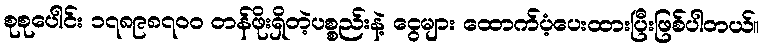
စုစုပေါင်း ၁၇၈၉၈၇၀၀ တန်ဖိုးရှိတဲ့ပစ္စည်းနဲ့ ငွေများ ထောက်ပံ့ပေးထားပြီးဖြစ်ပါတယ်။